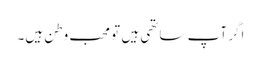
اگر آپ ساتھی ہیں تو محب وطن ہیں۔